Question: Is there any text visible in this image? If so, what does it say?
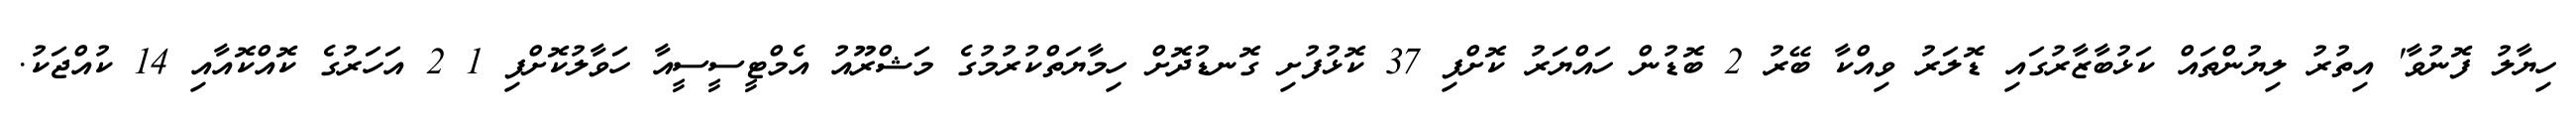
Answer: ހިޔާލު ފޮނުވާ' އިތުރު ލިޔުންތައް ކަޅުބާޒާރުގައި ޑޮލަރު ވިއްކާ ބޭރު 2 ބޮޑުން ހައްޔަރު ކޮށްފި 37 ކޮޅުފުށި ގޮނޑުދޮށް ހިމާޔަތްކުރުމުގެ މަޝްރޫއު އެމްޓީސީސީއާ ހަވާލުކޮށްފި 1 2 އަހަރުގެ ކޮއްކޮއާއި 14 ކުއްޖަކު.